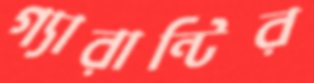
গ্যারান্টির